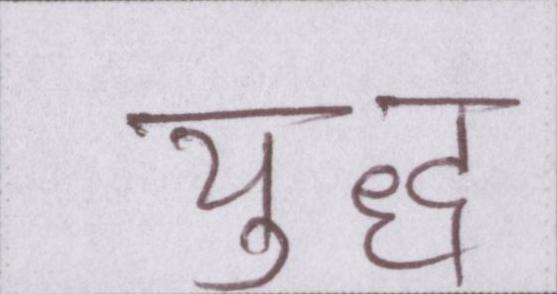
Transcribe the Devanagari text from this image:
युध्द